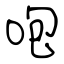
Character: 咆